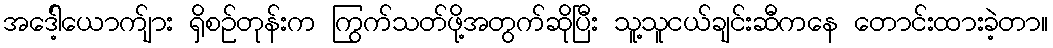
အဒေါ့်ယောက်ျား ရှိစဉ်တုန်းက ကြွက်သတ်ဖို့အတွက်ဆိုပြီး သူ့သူငယ်ချင်းဆီကနေ တောင်းထားခဲ့တာ။